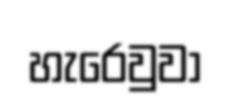
හැරෙවුවා